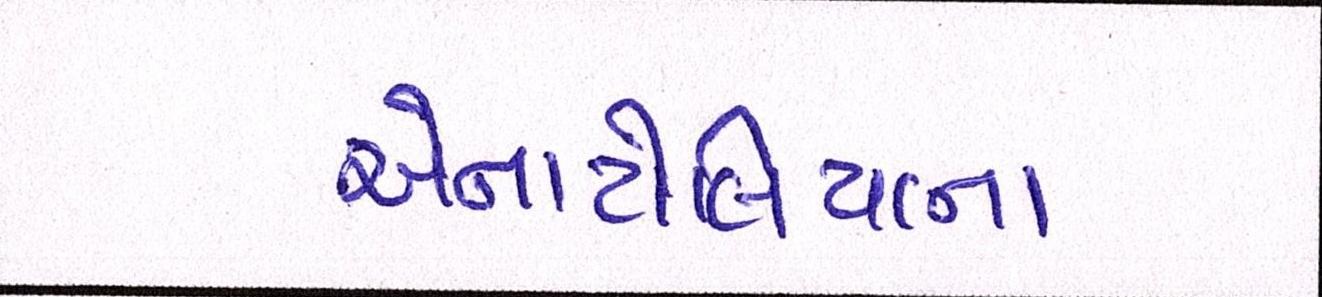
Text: એનાટોલિયાના